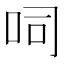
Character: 呞